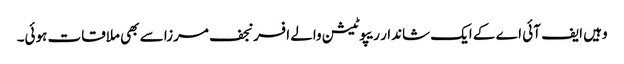
وہیں ایف آئی اے کے ایک شاندار ریپوٹیشن والے افسر نجف مرزا سے بھی ملاقات ہوئی۔